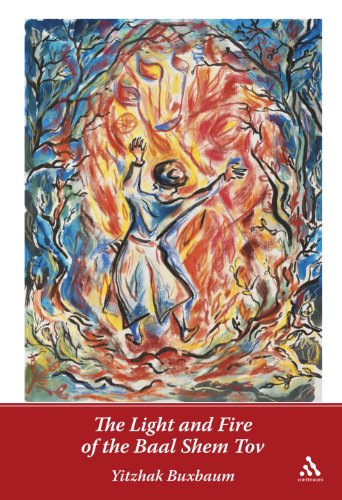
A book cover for The Light and Fire of the Baal Shem Tov; Yitzhak Buxbaum; Religion & Spirituality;